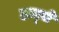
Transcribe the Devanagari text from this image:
हाद्से